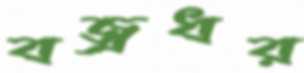
বজ্রধর